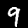
Label: 9